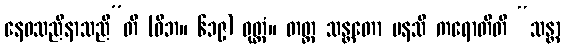
နေဝသညီနာသညီ”တိ (ဝိဘ။ ၆၁၉) ဝုတ္တံ။ တတ္ထ သန္တတော မနသိ ကရောတီတိ “သန္တာ